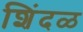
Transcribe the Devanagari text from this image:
शिंदळ